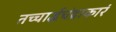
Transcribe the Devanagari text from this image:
तच्चार्द्धचंद्राकारं